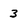
Character: 3